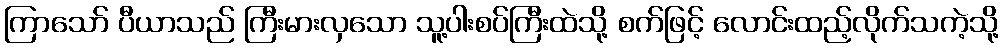
ကြာသော် ပီယာသည် ကြီးမားလှသော သူ့ပါးစပ်ကြီးထဲသို့ စက်ဖြင့် လောင်းထည့်လိုက်သကဲ့သို့